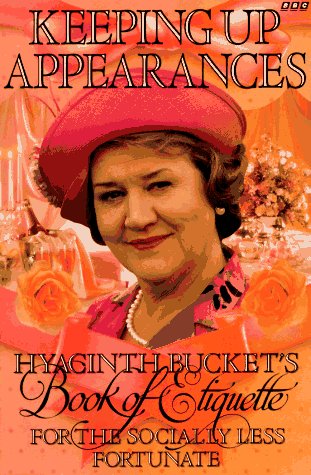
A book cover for Keeping Up Appearances: Hyacinth Bucket's Book of Etiquette for the Socially Less Fortunate; Roy Clarke; Humor & Entertainment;